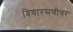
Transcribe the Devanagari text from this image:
विचारसणीवर